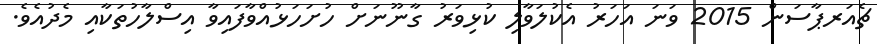
ޗެއަރޕާސަން 2015 ވަނަ އަހަރު އެކުލަވާލި ކުޅިވަރު ގާނޫނަށް ހުށަހަޅުއްވާފައިވާ އިސްލާހުތަކާއި މެދުއެވެ.